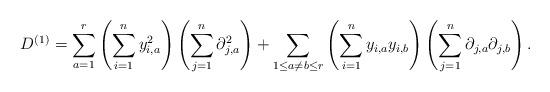
LaTeX: \begin{align*}D^{(1)}=\sum_{a=1}^r \left(\sum_{i=1}^n y_{i,a}^2\right)\left(\sum_{j=1}^n \partial_{j,a}^2\right)+\sum_{1\leq a\neq b\leq r}\left(\sum_{i=1}^n y_{i,a}y_{i,b}\right)\left(\sum_{j=1}^n \partial_{j,a}\partial_{j,b}\right).\end{align*}